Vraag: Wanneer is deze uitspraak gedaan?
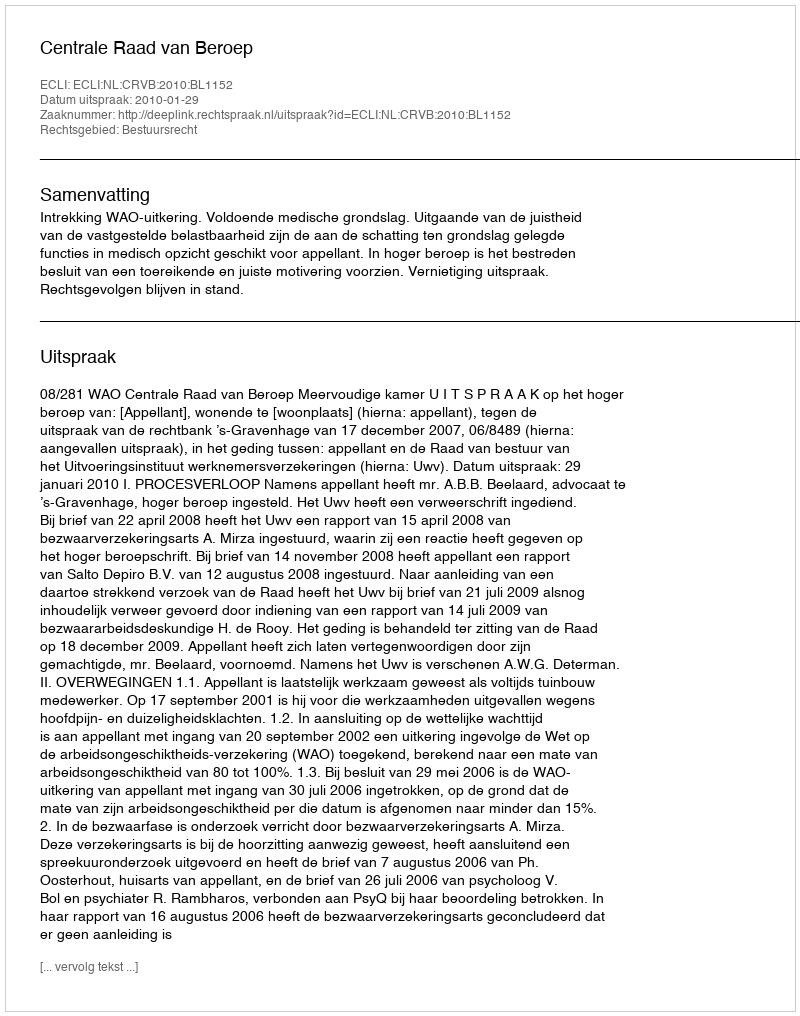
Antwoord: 2010-01-29